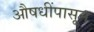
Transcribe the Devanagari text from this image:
औषधींपासून